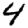
Digit: 4